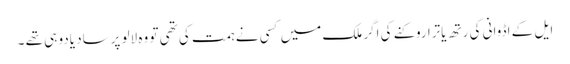
ایل کے اڈوانی کی رتھ یاترا روکنے کی اگر ملک میں کسی نے ہمت کی تھی تو وہ لالو پرساد یادو ہی تھے ۔